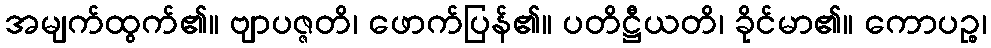
အမျက်ထွက်၏။ ဗျာပဇ္ဇတိ၊ ဖောက်ပြန်၏။ ပတိဋ္ဌီယတိ၊ ခိုင်မာ၏။ ကောပဉ္စ၊